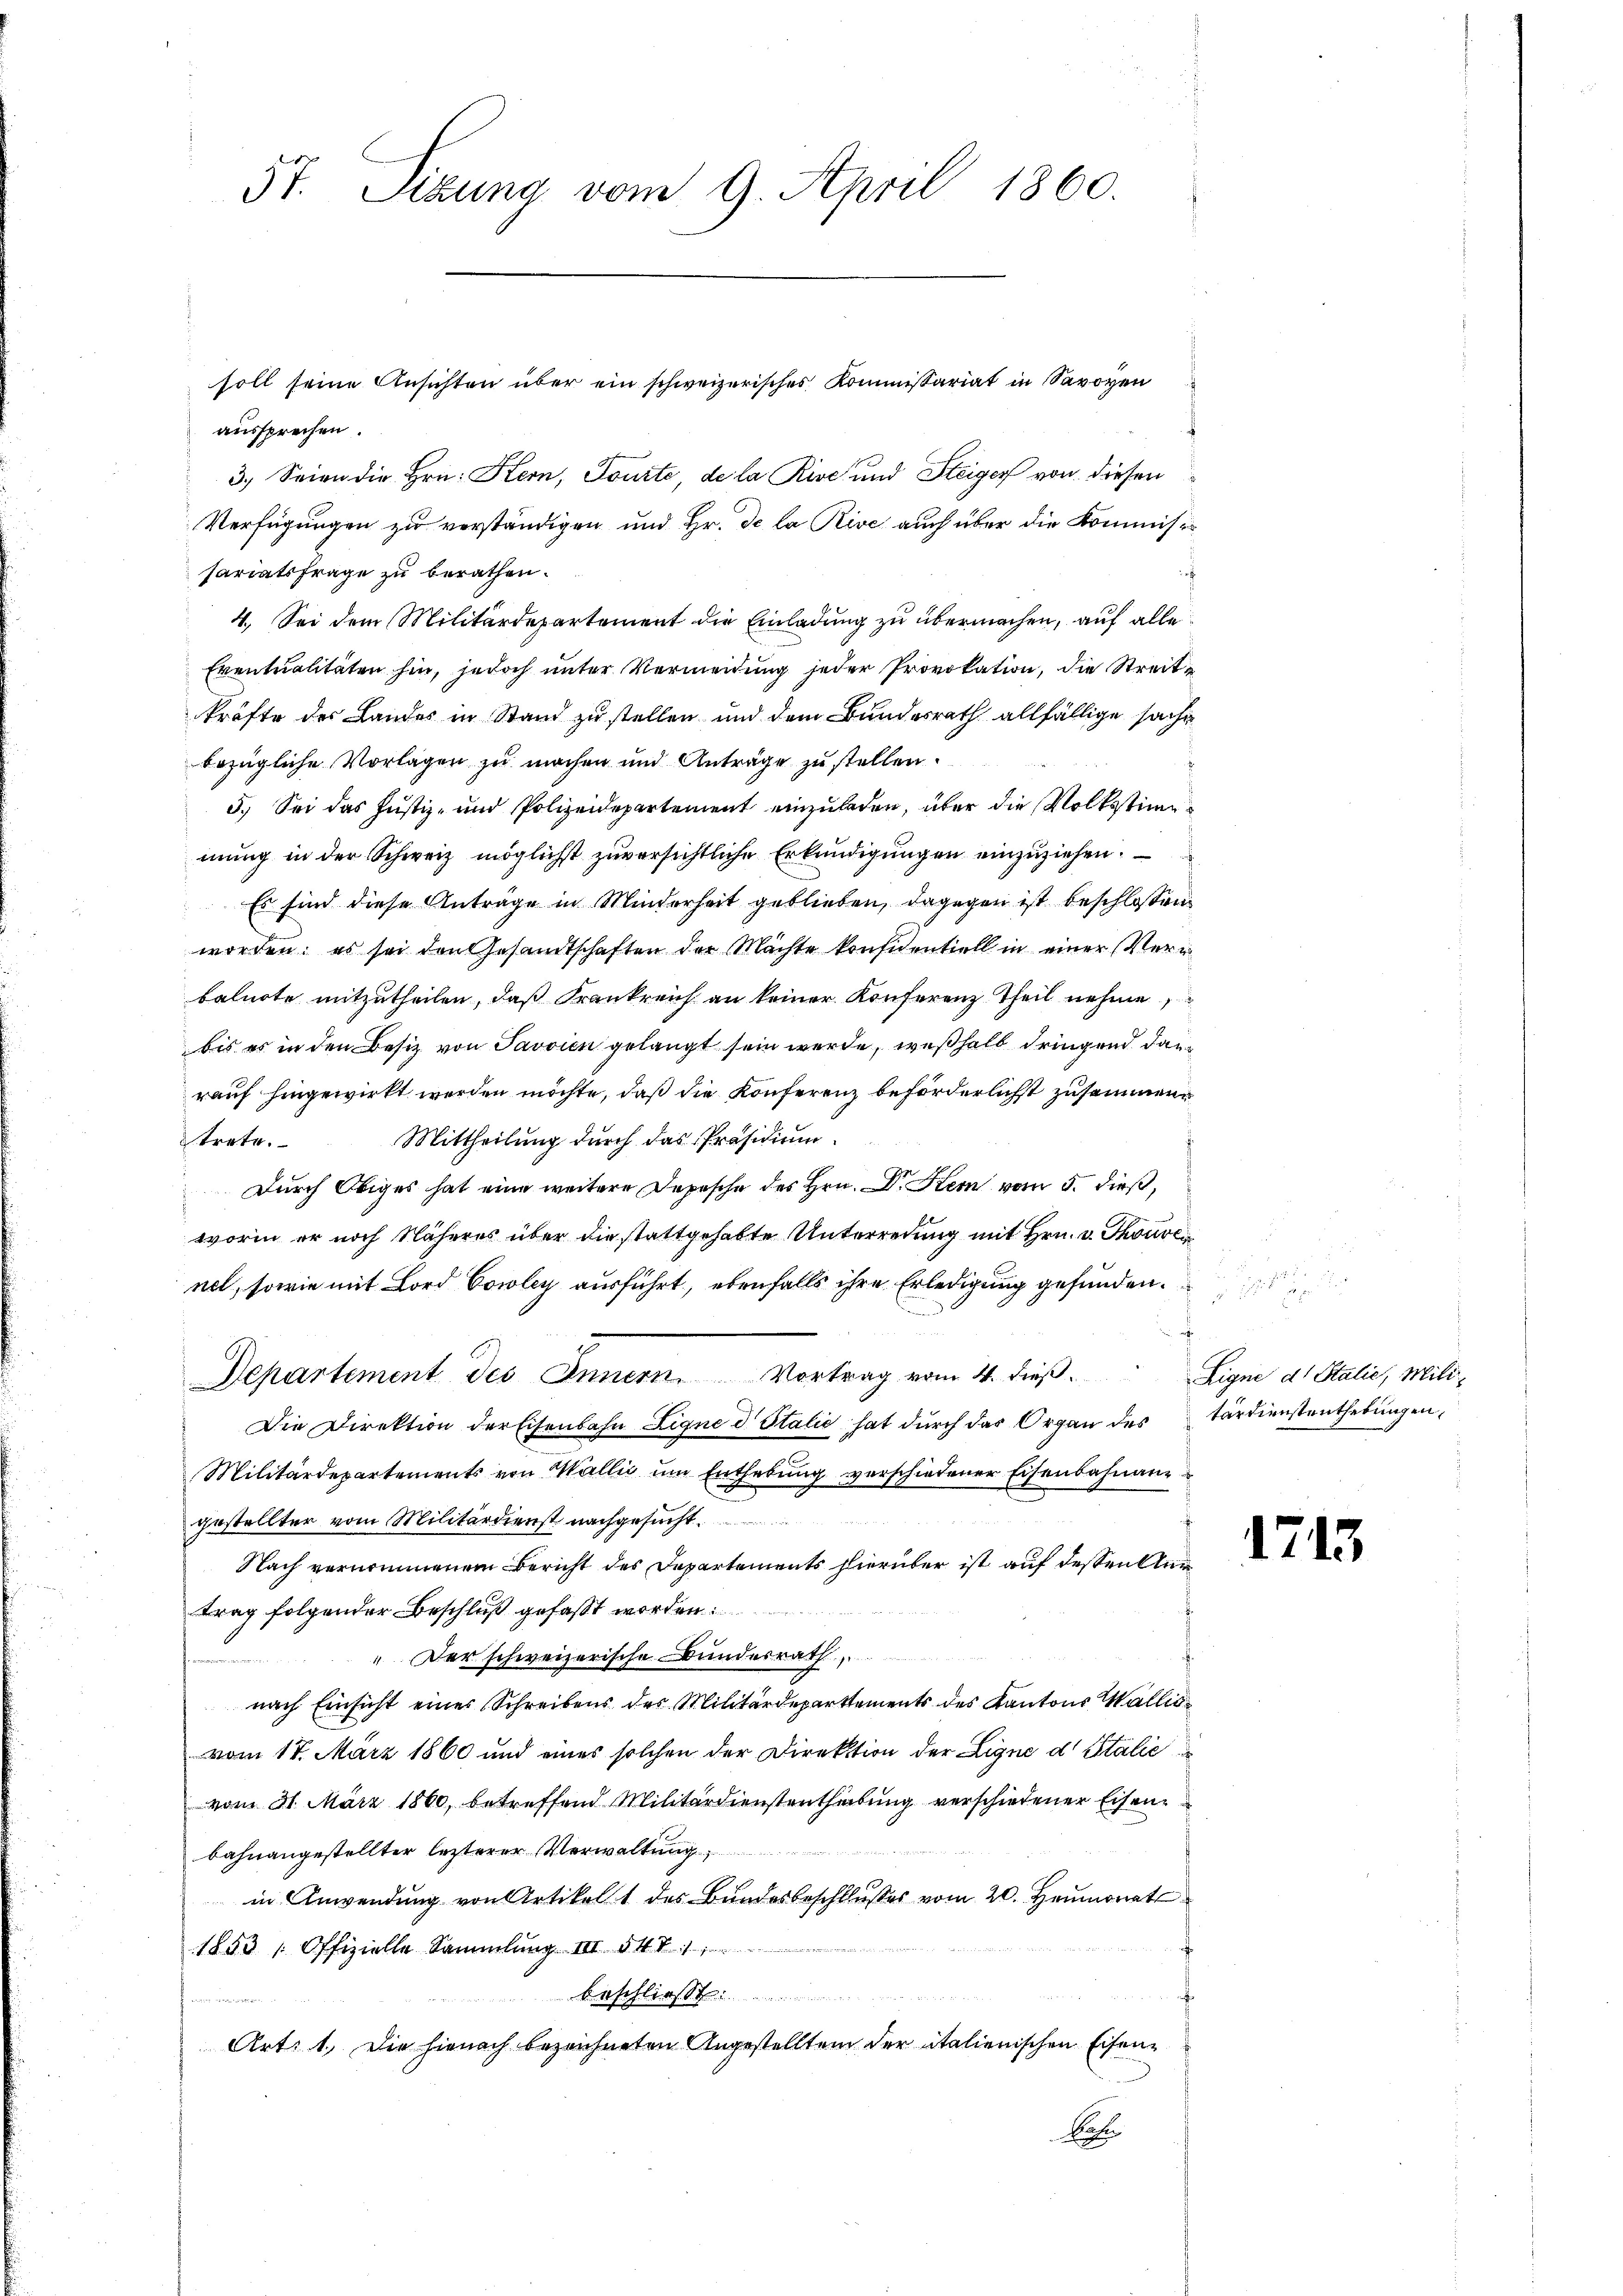
5t. Sizung vom 9. April 1860.

aussprechen.
3.) Seien die Hrn. Stern, Souite, de la Rive und Steiger von diesen
Verfügungen zu verständigen und Hr. De la Rive auch über die Kommisisariatsfrage zu berathen.
i
4. Sei dem Militärdepartement die Einladung zu übermachen, auf alle
Eventualitäten hin, jedoch unter Vermeidung jeder Provokation, die Streitkräfte der Landes in Stand zu stellen und dem Bundesrath allfällige sache
bezügliche Vorlagen zu machen und Anträge zu stellen.
3.) Sei das Justiz- und Polizeidepartement einzuladen, über die Volksstimme
mung in der Schweiz möglichst zuversichtliche Erkundigungen einzuziehen.
Es sind diese Anträge in Minderheit geblieben, dagegen ist beschlossen
worden; es sei den Gesandtschaften der Mächte konfidentiell in einer Verr
balnote mitzutheilen, daß Frankreich an keiner Konferenz Theil nehme
bis es in den Besiz von Javvien gelangt sein werde, weßhalb dringend dann
rauf hingewirkt werden möchte, daß die Konferenz beförderlichst zusammen
Mittheilung durch das Präsidium.
trete.
Durch Obiges hat eine weitere Depesche des Hrn. Dr. Hem vom 5. dieß,
worin er noch Näheres über die stattgehabte Unterredung mit Hrn. v. Thouven
net, sowie mit Lord Cowley ausführt, ebenfalls ihre Erledigung gefunden.
Departement des Innern. Vortrag vom 4. dieß.
Die Direktion der Eisenbahn Eigne d Italić hat dŭrch das Organ des tardienstenthebŭngen,
Militärdepartements von Mallić um Enthebung verschiedener Eisenbahnang
gestellter vom Militärdienst nachgesucht.
Nach vernommenem Bericht des Departements hierüber ist auf dessen An
trag folgender Beschluß gefaßt worden:
" Der schweizerische Bundesrath,
.
nach Einsicht eines Schreibens des Militärdepartements des Kantons Wallis
vom 17. März 1860 und eines solchen der Direktion der Ligne d Italie
vom 31. März 1860, betreffend Militärdienstentheilung verschiedener Eisenbahnangestellter lezterer Verwaltung
in Anwendung von Artikel 1 des Bundesbeschlußes vom 20. Heumonat
1853 Offizielle Sammlung III. §. 4. S. 1
Beschlies
un
Art: 1. Die hienach bezeichneten Angestellten der italienischen Eisen¬
Art

soll seine Ansichten über ein schweizerisches Kommissariat in Savoyen

Eigne ds Stalie, Mili¬

1713